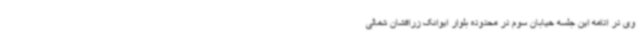
وی در ادامه این جلسه خیابان سوم در محدوده بلوار ایوانک زرافشان شمالی